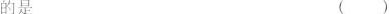
的是 ( )